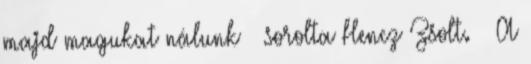
majd magukat nálunk – sorolta Hencz Zsolt. – A